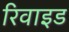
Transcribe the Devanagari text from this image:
रिवाइड